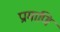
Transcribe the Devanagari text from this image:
प्रामाणि